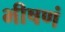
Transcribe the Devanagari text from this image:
भीषणं